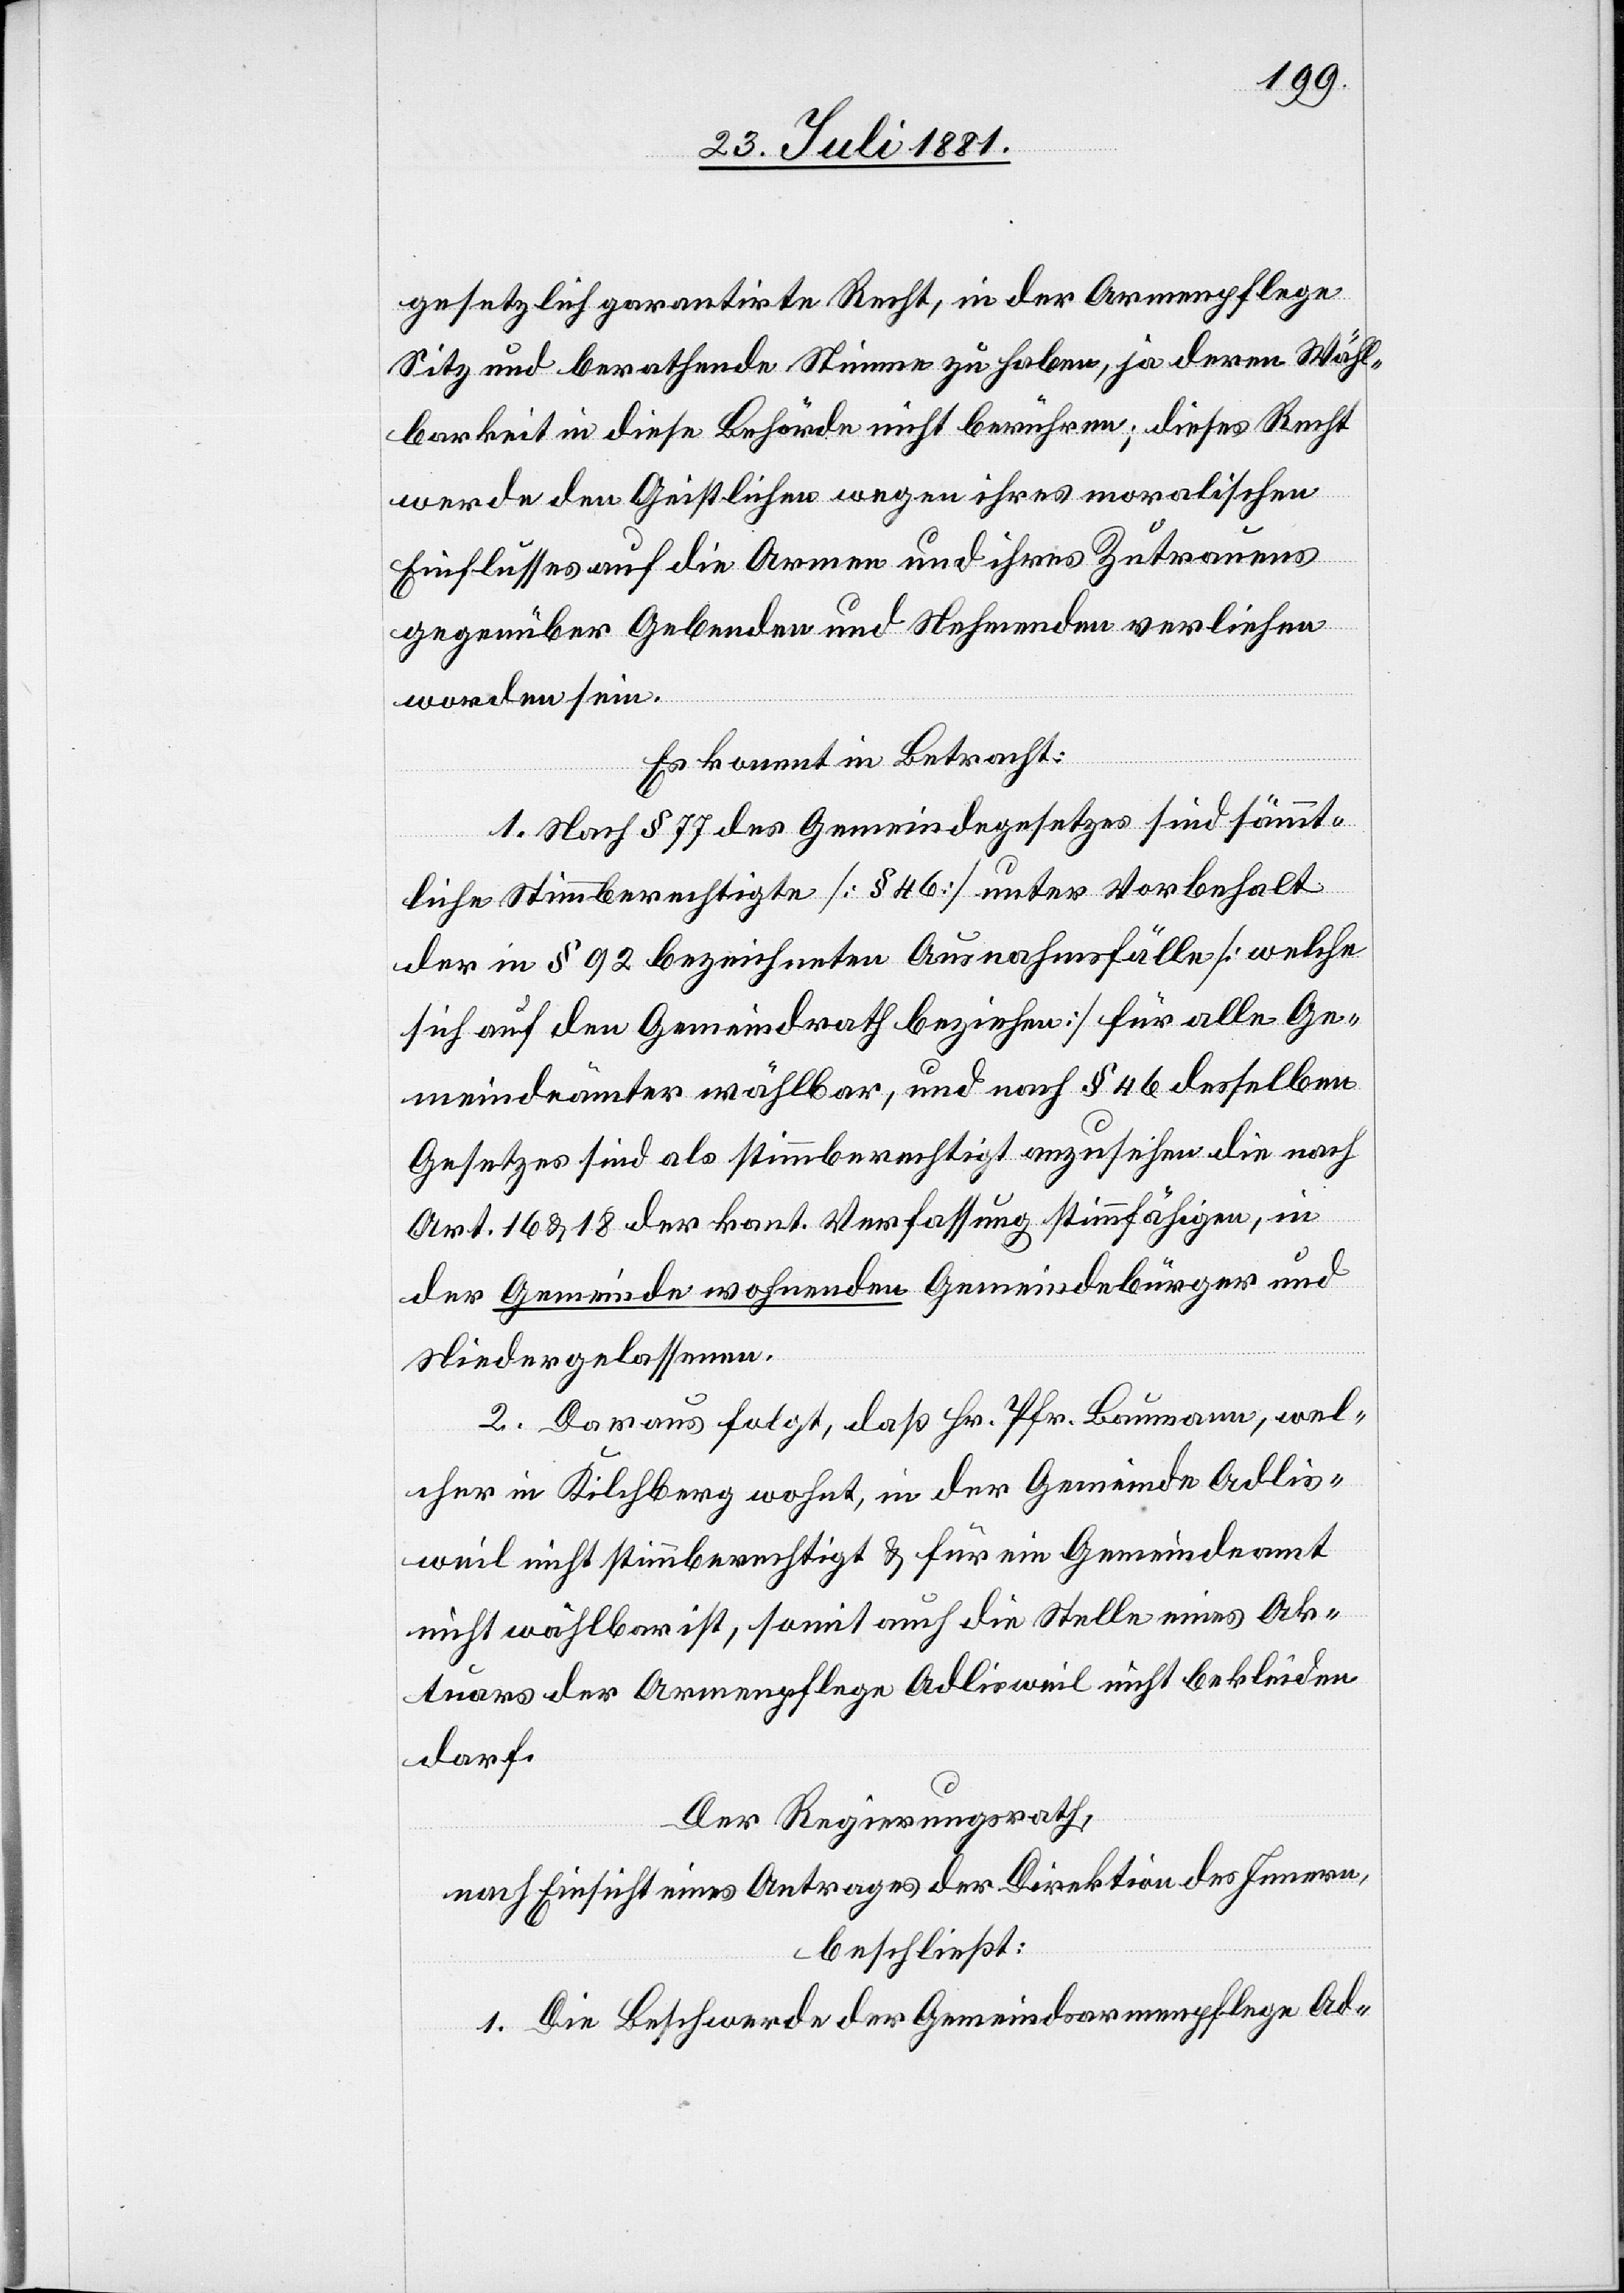
gesetzlich garantirte Recht, in der Armenpflege
Sitz und berathende Stimme zu haben, ja deren Wähl¬
barkeit in diese Behörde nicht berühren, dieses Recht
werde den Geistlichen wegen ihres moralischen
Einflusses auf die Armen und ihres Zutrauens
gegenüber Gebenden und Nehmenden verliehen
worden sein.
Es kommt in Betracht:
1. Nach § 77 des Gemeindegesetzes sind sämmt¬
liche Stimmberechtigte [§ 46] unter Vorbehalt
der in § 92 bezeichneten Ausnahmefälle [welche
sich auf den Gemeindrath beziehen] für alle Ge¬
meindeämter wählbar, und nach § 46 desselben
Gesetzes sind als stimmberechtig anzusehen die nach
Art. 16 & 18 der kant. Verfassung stimmfähigen, in
der Gemeinde wohnenden Gemeindebürger und
Niedergelassenen.
2. Daraus folgt, daß Hr. Pfr. Baumann, wel¬
cher in Kilchberg wohnt, in der Gemeinde Adlis¬
weil nicht stimmberechtigt & für ein Gemeindeamt
nicht wählbar ist, somit auch die Stelle eines Ak¬
tuars der Armenpflege Adlisweil nicht bekleiden
darf.
Der Regierungsrath,
nach Einsicht eines Antrages der Direktion des Innern,
beschließt:
1. Die Beschwerde der Gemeindsarmenpflege Ad-